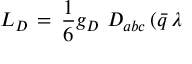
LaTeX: { \cal L _ { D } } \, = \, \frac { 1 } { 6 } g _ { D } \, \, D _ { a b c } \, ( \bar { q } \, { \lambda }